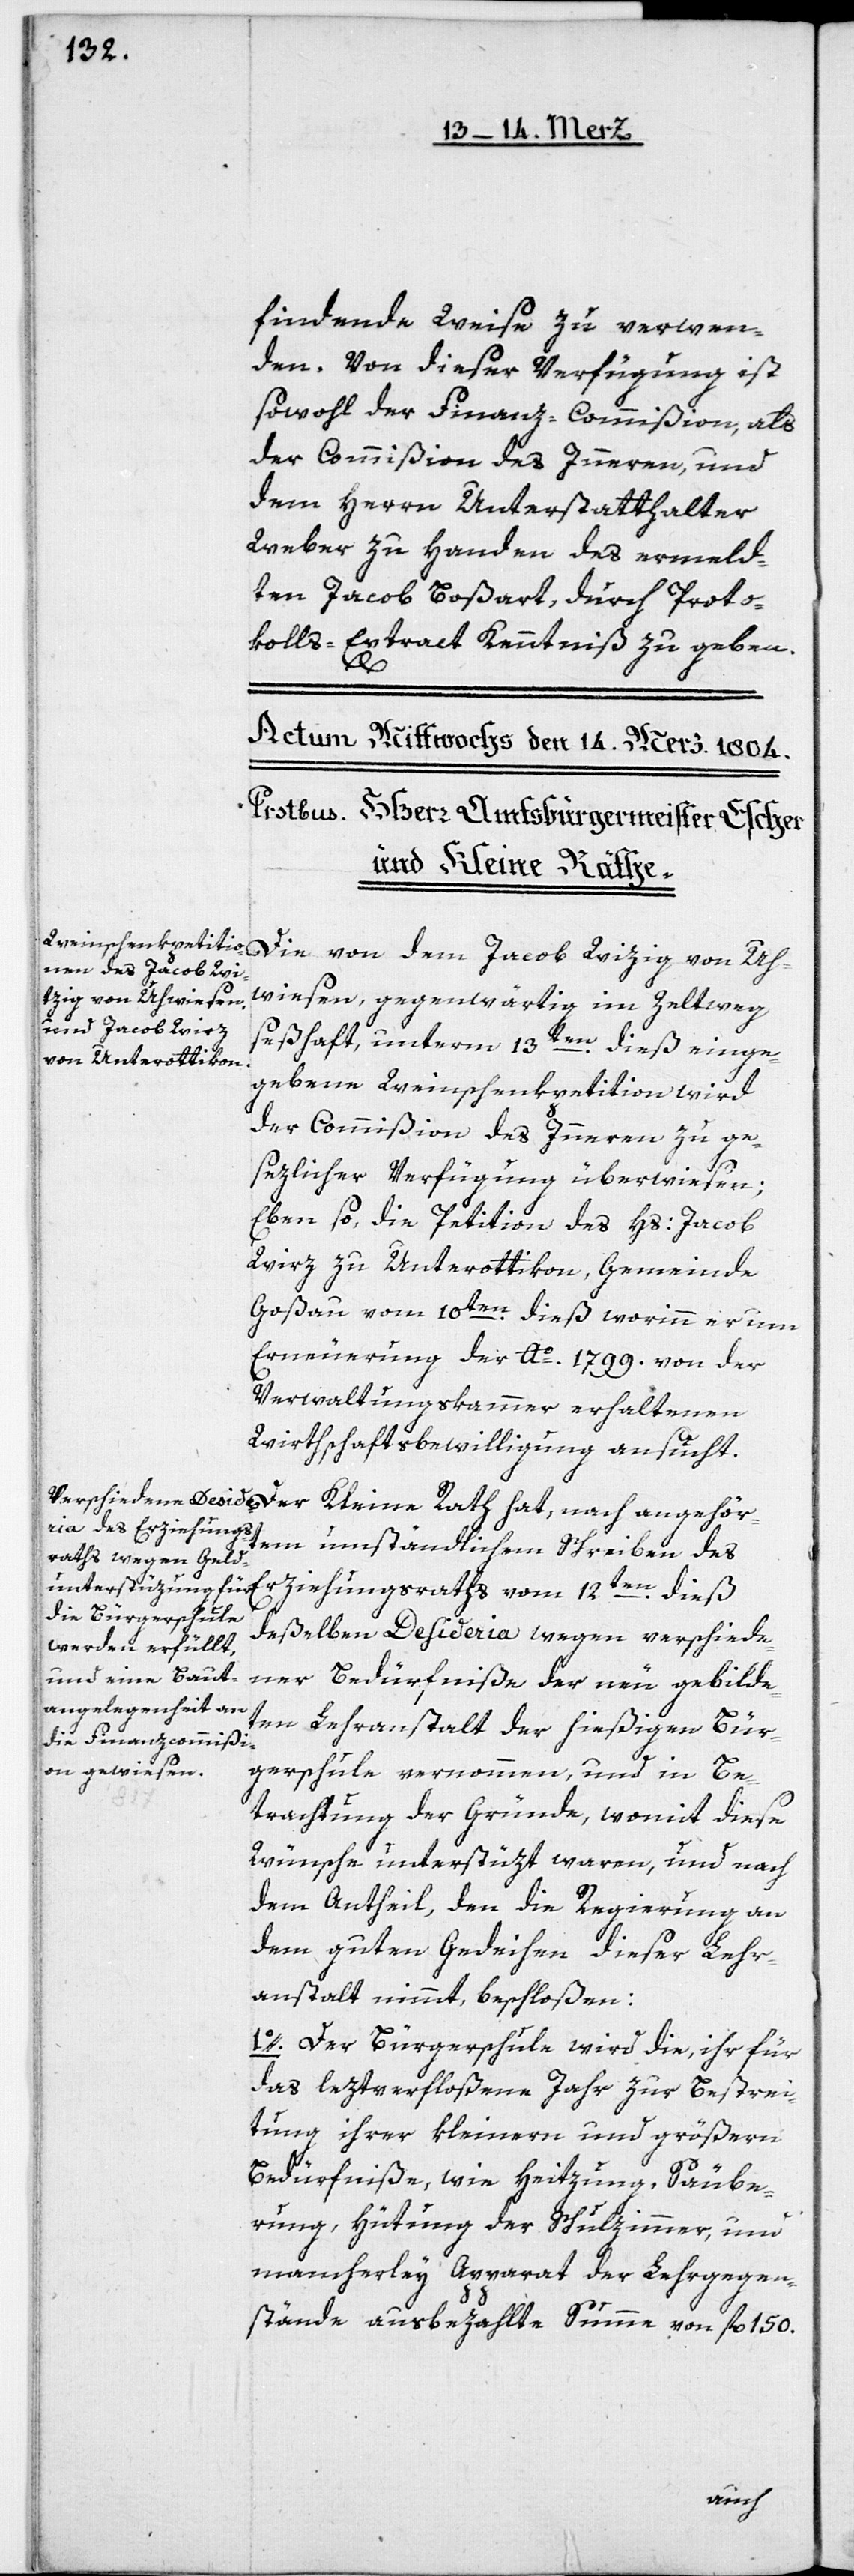
findende Weise zu verwen¬
den. Von dieser Verfügung ist
sowohl der Finanz-Commißion als
der Commißion des Innern, und
dem Herrn Unterstatthalter
Weber zu Handen des ermeld¬
ten Jacob Boßart durch Proto¬
kolls-Extract Kenntniß zu geben.
Die von dem Jakob Wizig [sic!] von Uh¬
wiesen, gegenwärtig im Zeltweg
seßhaft, unterm 13ten dieß einge¬
gebene Weinschenkpetition wird
der Commißion des Innern zu ge¬
sezlicher Verfügung überwiesen;
Eben so, die Petition des Hs: Jacob
Wirz zu Unterottikon, Gemeinde
Goßau, vom 10ten dieß, worinn er um
Erneuerung der Ao. 1799. von der
Verwaltungskammer erhaltenen
Wirthschaftsbewilligung ansucht.
rtem umständlichen Schreiben des
Erziehungsraths vom 12ten dieß
deßelben Desideria wegen verschiede¬
ner Bedürfniße der neu gebilde¬
ten Lehranstalt der hießigen Bür¬
gerschule vernommen, und in Be¬
trachtung der Gründe, womit diese
Wünsche unterstüzt waren, und nach
dem Antheil, den die Regierung an
dem guten Gedeihen dieser Lehr¬
anstalt nimmt, beschloßen:
1o. Der Bürgerschule wird die, ihr für
das leztverfloßene Jahr zur Bestrei¬
tung ihrer kleinern und größern
Bedürfniße, wie Heitzung, Säube¬
rung, Hütung der Schulzimmer, und
mancherley Apparat der Lehrgegen¬
stände ausbezahlte Summe von fl. 150.
angehö¬